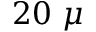
2 0 ~ \mu